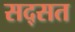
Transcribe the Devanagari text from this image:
सद्सत